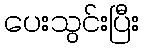
ပေးသွင်းပြီး